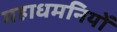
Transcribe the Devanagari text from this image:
महाधमनियों